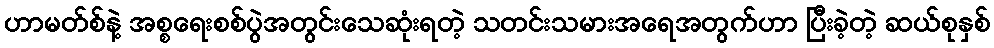
ဟာမတ်စ်နဲ့ အစ္စရေးစစ်ပွဲအတွင်းသေဆုံးရတဲ့ သတင်းသမားအရေအတွက်ဟာ ပြီးခဲ့တဲ့ ဆယ်စုနှစ်